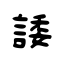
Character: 諉